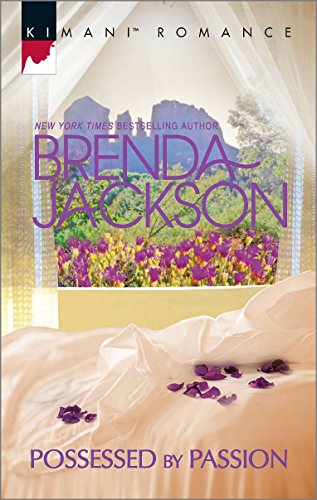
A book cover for Possessed by Passion (Forged of Steele); Brenda Jackson; Romance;